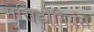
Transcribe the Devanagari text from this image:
मैसिडोनियंस